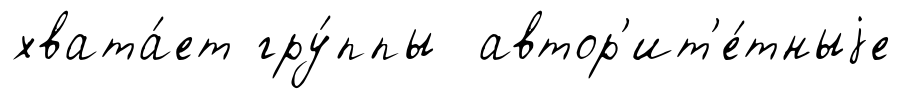
хвата́ет гру́ппы автор'ит'е́тныjе